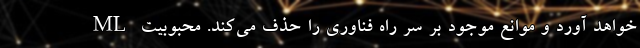
خواهد آورد و موانع موجود بر سر راه فناوری را حذف می‌کند. محبوبیت ML